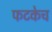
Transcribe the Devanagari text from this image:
फटकेच